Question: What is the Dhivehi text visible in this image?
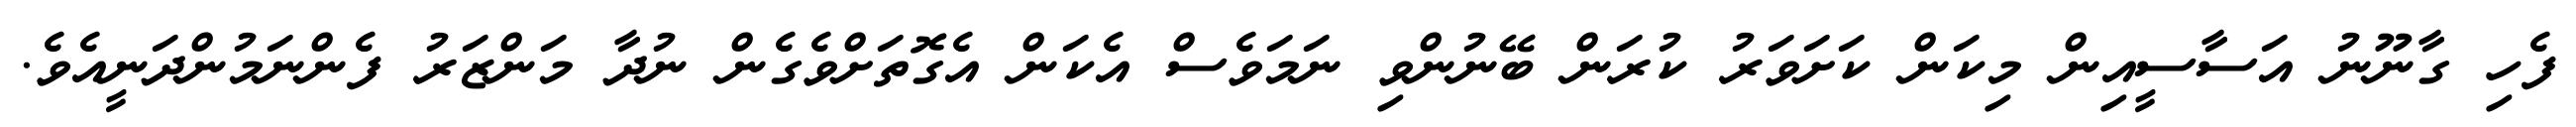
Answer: ފެހި ގާނޫނު އަސާސީއިން މިކަން ކަށަވަރު ކުރަން ބޭނުންވި ނަމަވެސް އެކަން އެގޮތަށްވެގެން ނުދާ މަންޒަރު ފެންނަމުންދަނީއެވެ.